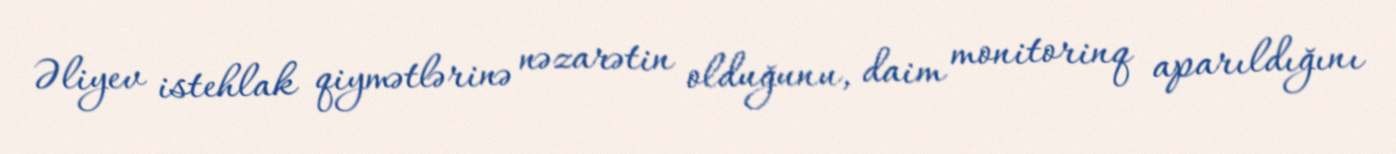
Əliyev istehlak qiymətlərinə nəzarətin olduğunu, daim monitorinq aparıldığını